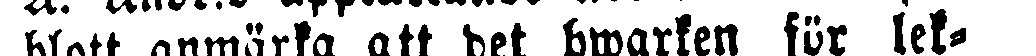
blott anmärka att det hwarken för lek-